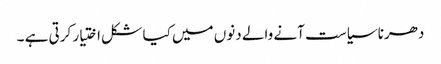
دھرنا سیاست آنے والے دنوں میں کیا شکل اختیار کرتی ہے ۔